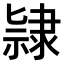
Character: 𨽻